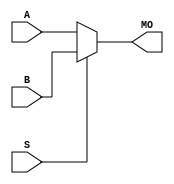
module stratixiigx_bmux21 (MO, A, B, S);
   input [15:0] A, B;
   input 	S;
   output [15:0] MO; 
   assign MO = (S == 1) ? B : A; 
endmodule